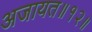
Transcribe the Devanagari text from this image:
अजायत॥१२॥